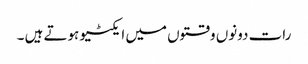
رات دونوں وقتوں میں ایکٹیو ہوتے ہیں ۔